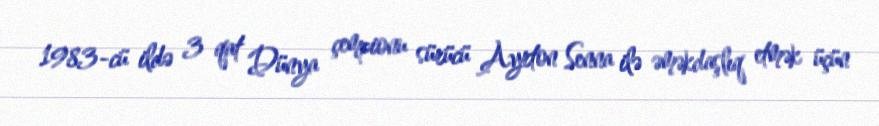
1983-cü ildə 3 qat Dünya çempionu sürücü Ayrton Senna ilə əməkdaşlıq etmək üçün